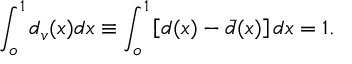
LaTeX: \int _ { o } ^ { 1 } { d _ { v } ( x ) d x } \equiv \int _ { o } ^ { 1 } \left[ d ( x ) - \bar { d } ( x ) \right] d x = 1 .